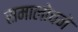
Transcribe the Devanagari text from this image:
समालोचने